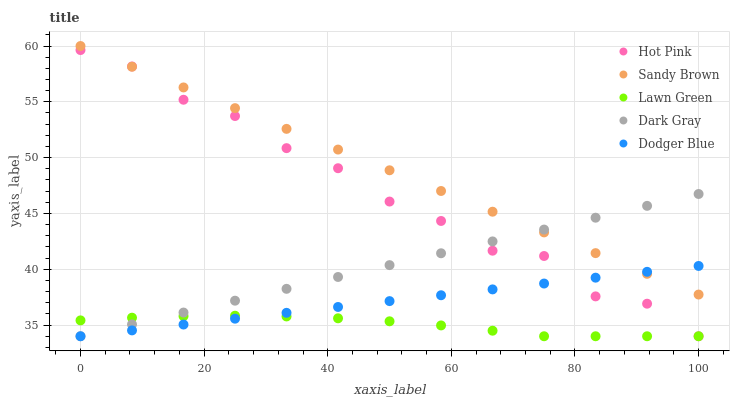
| xaxis_label | Hot Pink | Sandy Brown | Lawn Green | Dark Gray | Dodger Blue |
 | --- | --- | --- | --- | --- | --- |
 | 0 | 59.6 | 60 | 35.4 | 34 | 34 |
 | 8.33 | 58.2 | 58.1 | 35.7 | 35.1 | 34.5 |
 | 16.7 | 55.2 | 56.3 | 35.8 | 36.1 | 35 |
 | 25 | 53.7 | 54.4 | 35.8 | 37.2 | 35.6 |
 | 33.3 | 50.9 | 52.6 | 35.8 | 38.2 | 36.1 |
 | 41.7 | 49.1 | 50.7 | 35.6 | 39.3 | 36.6 |
 | 50 | 46.1 | 48.9 | 35.3 | 40.4 | 37.1 |
 | 58.3 | 44.3 | 47 | 35 | 41.4 | 37.7 |
 | 66.7 | 41.7 | 45.2 | 34.5 | 42.5 | 38.2 |
 | 75 | 41.2 | 43.3 | 34 | 43.6 | 38.7 |
 | 83.3 | 37.6 | 41.4 | 34 | 44.6 | 39.2 |
 | 91.7 | 36.9 | 39.6 | 34 | 45.7 | 39.8 |
 | 100 | 34 | 37.7 | 34 | 46.7 | 40.3 |